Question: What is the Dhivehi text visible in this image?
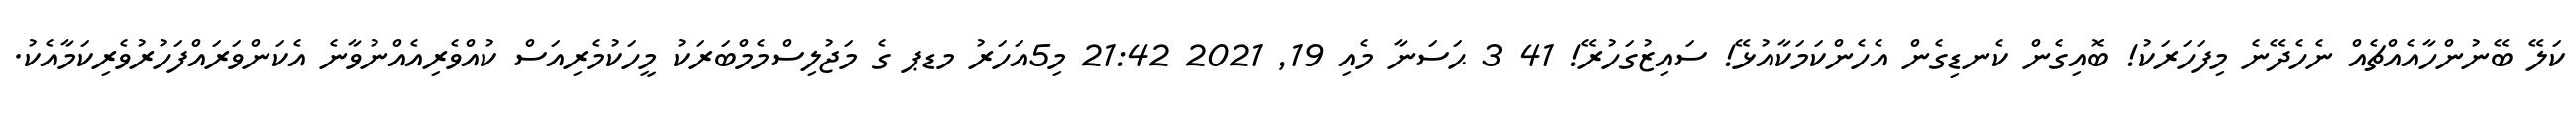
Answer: ކަލޭ ބޭނުންހާއެއްޗެއް ނެހެދޭނެ މިފަހަރަކު! ބޮއިގެން ކެނޑިގެން އެހެންކަމަކާއުޅޭ! ސައިޒުގަހުރޭ! 41 3 ޙަސަނާ މެއި 19, 2021 21:42 މި5އަހަރު މޑޕ ގެ މަޖުލިސްމެމްބަރަކު މީހަކުމެރިއަސް ކުއްވެރިއެއްނުވާނެ އެކަންވަރައްފަހުރުވެރިކަމާއެކު.